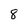
Character: 8